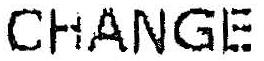
CHANGE